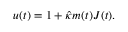
\begin{array} { r } { u ( t ) = 1 + \hat { \kappa } m ( t ) J ( t ) . } \end{array}